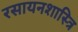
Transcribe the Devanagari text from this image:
रसायनशास्त्रि